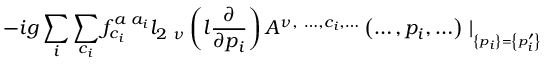
- i g \sum _ { i } \sum _ { c _ { i } } f _ { c _ { i } } ^ { a \; a _ { i } } l _ { 2 \ \nu } \left( l \frac \partial { \partial p _ { i } } \right) A ^ { \nu , \ \ldots , c _ { i } , \ldots } \left( \ldots , p _ { i } , \ldots \right) \mid _ { _ { \left\{ p _ { i } \right\} = \left\{ p _ { i } ^ { \prime } \right\} } }